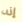
إنه